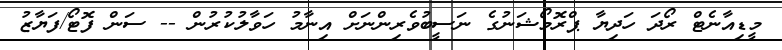
މީޑިއާނެޓް ރޯދަ ހަދިޔާ ޕްރޮމޯޝަނުގެ ނަސީބުވެރިންނަށް އިނާމު ހަވާލުކުރުން -- ސަން ފޮޓޯ/ފަޔާޒު